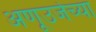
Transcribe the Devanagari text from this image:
अणूउर्जेच्या